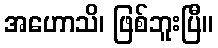
အဟောသိ၊ ဖြစ်ဘူးပြီ။